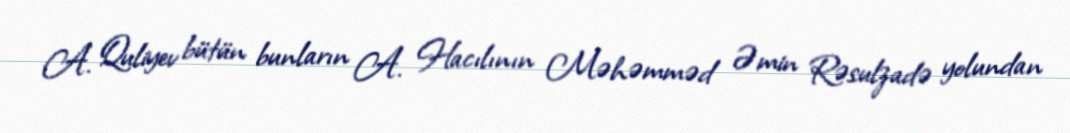
A. Quliyev bütün bunların A. Hacılının Məhəmməd Əmin Rəsulzadə yolundan